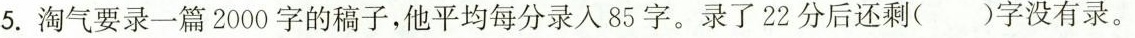
5.淘气要录一篇2000字的稿子，他平均每分录入85字。录了22分后还剩()字没有录。